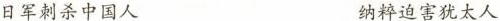
日军刺杀中国人 纳粹迫害犹太人